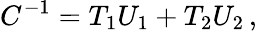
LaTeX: C^{-1}=T_{1}U_{1}+T_{2}U_{2}\, ,